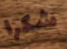
شكرا